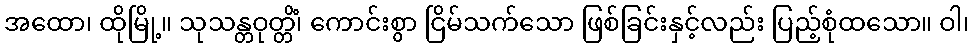
အထော၊ ထိုမြို့။ သုသန္တဝုတ္တိံ၊ ကောင်းစွာ ငြိမ်သက်သော ဖြစ်ခြင်းနှင့်လည်း ပြည့်စုံထသော။ ဝါ၊